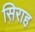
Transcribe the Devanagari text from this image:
सिराह